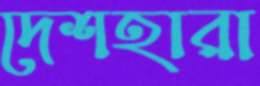
দেশহারা